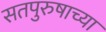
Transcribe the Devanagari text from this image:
सतपुरुषाच्या